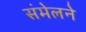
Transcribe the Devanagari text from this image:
संमेलनेे